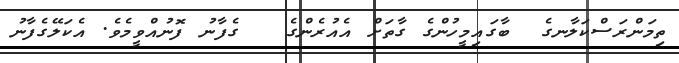
ތިމަންރަސްކަލާނގެ  ބާގައިމީހުންގެ ގާތަށް އެއުރެންގެ   ގެފާނު ފޮނުއްވީމެވެ. އެކަލޭގެފާނު